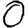
Digit: 0